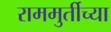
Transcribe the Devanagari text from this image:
राममुर्तीच्या